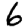
Digit: 6